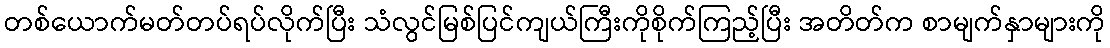
တစ်ယောက်မတ်တပ်ရပ်လိုက်ပြီး သံလွင်မြစ်ပြင်ကျယ်ကြီးကိုစိုက်ကြည့်ပြီး အတိတ်က စာမျက်နှာများကို